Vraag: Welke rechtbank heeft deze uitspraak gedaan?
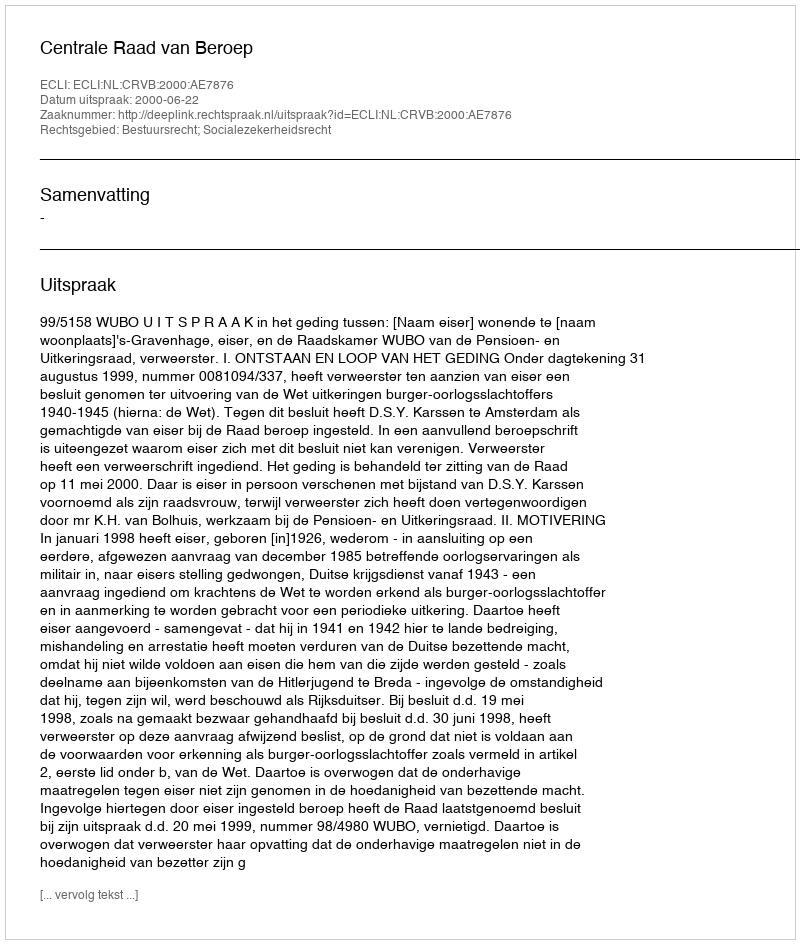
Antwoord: Centrale Raad van Beroep